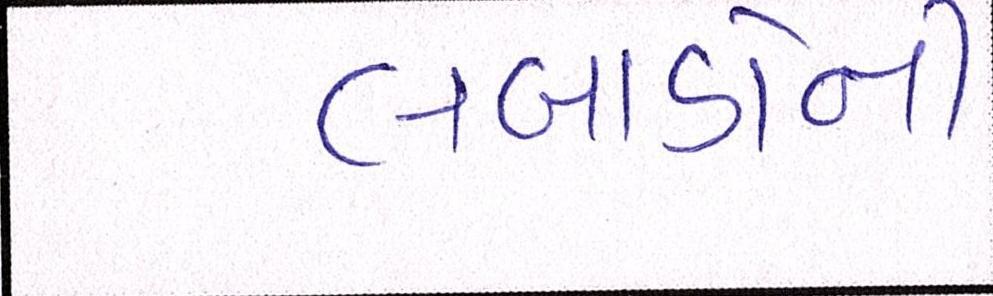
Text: લબાડોની